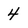
Character: 4